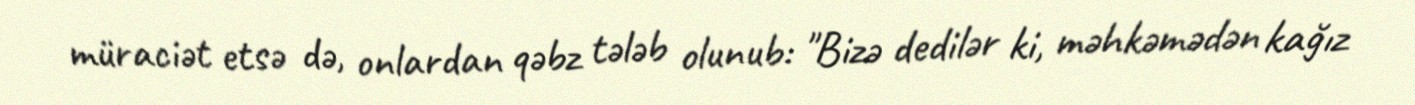
müraciət etsə də, onlardan qəbz tələb olunub: "Bizə dedilər ki, məhkəmədən kağız